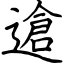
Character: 䢢